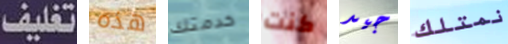
تغليف هذه خدمتك كنت جيد نمتلك